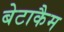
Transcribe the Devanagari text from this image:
बेटाकैम